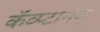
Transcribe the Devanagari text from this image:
कॅव्प्टार्नश्